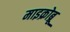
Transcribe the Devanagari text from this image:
माइक्रोब्रू